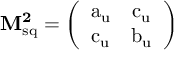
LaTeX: \bf M _ { \mathrm { s q } } ^ { 2 } = \left( \begin{array} { c c } { { a _ { u } } } & { { c _ { u } } } \\ { { c _ { u } } } & { { b _ { u } } } \end{array} \right)